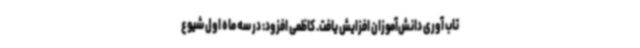
تاب آوری دانش‌آموزان افزایش یافت. کاظمی افزود: در سه ماه اول شیوع